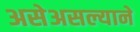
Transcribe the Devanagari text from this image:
असेअसल्याने